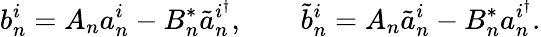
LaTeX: b_{n}^{i}=A_{n}a_{n}^{i}-B_{n}^{*}\tilde{a}_{n}^{i^{\dagger}},\qquad\tilde{b}_{n}^{i}=A_{n}\tilde{a}_{n}^{i}-B_{n}^{*}a_{n}^{i^{\dagger}}.